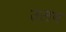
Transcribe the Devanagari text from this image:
उलप